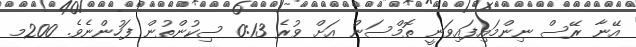
އޭނާ ރޭސް ނިންމައިފައިވަނީ ތޮމްސަން އަށް ވުރެ 0:13 ސިކުންތުން ފަހުންނެވެ. 200މ